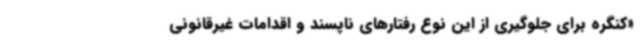
«کنگره برای جلوگیری از این نوع رفتارهای ناپسند و اقدامات غیرقانونی